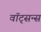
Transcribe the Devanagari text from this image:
वॉट्सन्स